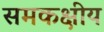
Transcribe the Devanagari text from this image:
समकक्षीय